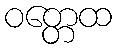
ဝတ္တေထ